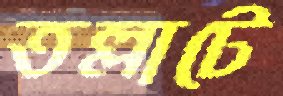
তল্লাটে